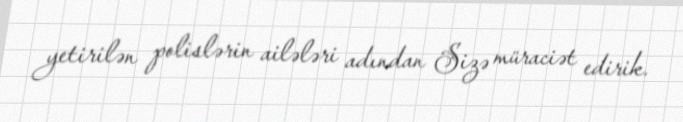
yetirilən polislərin ailələri adından Sizə müraciət edirik.